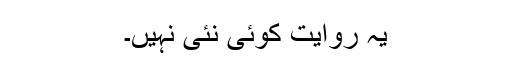
یہ روایت کوئی نئی نہیں۔